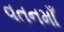
વતનમાઁ